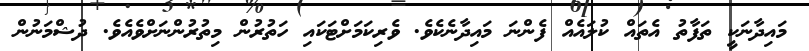
މައިދާނަކީ ތަފާތު އެތައް ކުލައެއް ފެންނަ މައިދާނެކެވެ. ވެރިކަމަށްޓަކައި ހަތުރުން މިތުރުންނަށްވެއެވެ. ދުޝްމަނުން